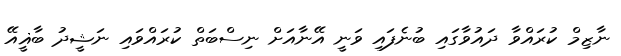
ނާޒިމް ކުރައްވާ ދައުވާގައި ބުނެފައި ވަނީ އޭނާއަށް ނިސްބަތް ކުރައްވައި ނަޝީދު ބާޣީއޭ